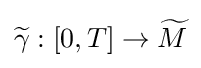
{\widetilde {\gamma }}:[0,T]\to {\widetilde {M}}